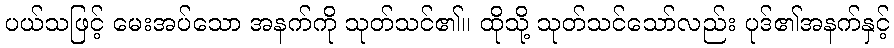
ပယ်သဖြင့် မေးအပ်သော အနက်ကို သုတ်သင်၏။ ထိုသို့ သုတ်သင်သော်လည်း ပုဒ်၏အနက်နှင့်